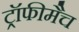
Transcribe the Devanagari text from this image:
ट्रॉफीमैच